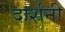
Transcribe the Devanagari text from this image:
दार्शनी